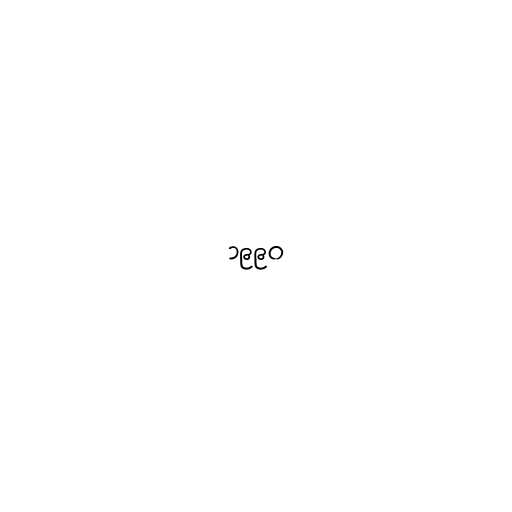
၁၉၉၀